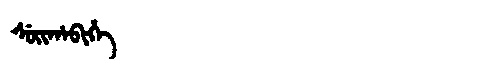
Manchu: ᠰᡠᡳᡥᠠᠪᡳᡥᡝ
Romanization: SUIHABIHE